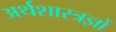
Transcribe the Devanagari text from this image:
अर्थशास्त्रज्ञों